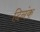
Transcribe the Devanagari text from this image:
दिनंक